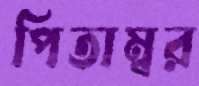
পিতাম্বর